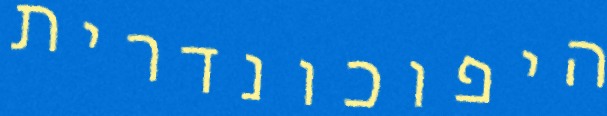
היפוכונדרית